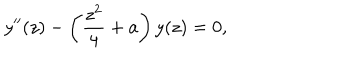
y ^ { \prime \prime } ( z ) - \left( \frac { z ^ { 2 } } { 4 } + a \right) y ( z ) = 0 ,